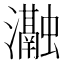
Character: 𭳰